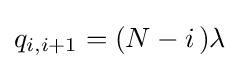
q_{i,i+1}=(N-i\,)\lambda